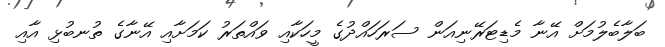
ބަލާބެލުމަށް އޭނާ މެޑިޓަރޭނިއަން ސަރަހައްދުގެ މީހަކާއި ވައްތަރު ކަމަށާއި އޭނާގެ ތުނބުޅި އާއި